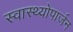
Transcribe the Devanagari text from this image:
स्वास्थ्योपार्जन